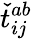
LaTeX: \check{t}_{ij}^{ab}